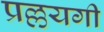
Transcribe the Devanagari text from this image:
प्रल्लयगी